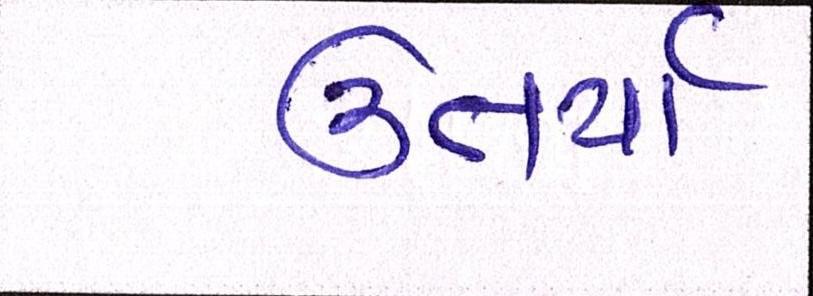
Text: ઉતર્યા